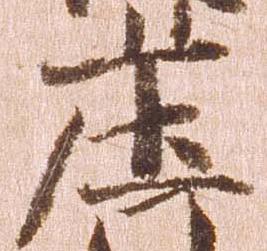
庄